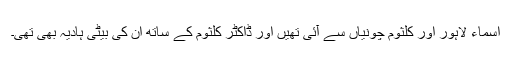
اسماء لاہور اور کلثوم چونیاں سے آئی تھیں اور ڈاکٹر کلثوم کے ساتھ ان کی بیٹی ہادیہ بھی تھی۔